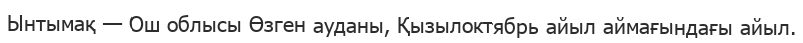
Ынтымақ — Ош облысы Өзген ауданы, Қызылоктябрь айыл аймағындағы айыл.